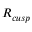
R _ { c u s p }